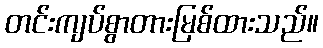
တင်းကျပ်စွာတားမြစ်ထားသည်။